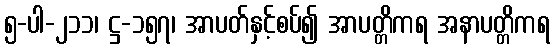
၅-ပါ-၂၁၁၊ ဋ္ဌ-၁၅၇၊ အာပတ်နှင့်စပ်၍ အာပတ္တိကရ အနာပတ္တိကရ